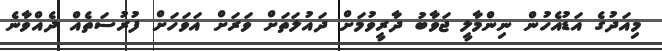
މިއަދުގެ އަޑުއެހުން ނިންމާލީ ޖަވާބު ދާރީވުމަށް ދައުލަތަށް ވަރަށް އަވަހަށް ފުރުސަތެއް ދެއްވާނެ